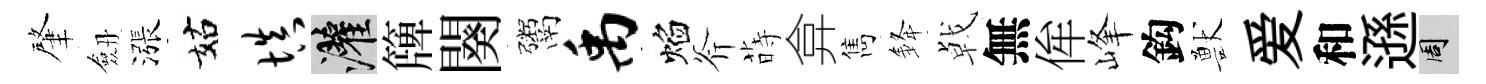
肇劔漲姑填灌簰闋鬻禹焰斧蒔弇雋𨦟㦸無侔峰鈎獸爱和遜周